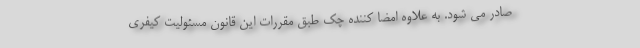
صادر می شود. به علاوه امضا کننده چک طبق مقررات این قانون مسئولیت کیفری